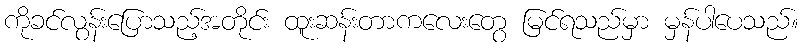
ကိုခင်လွန်းပြောသည့်အတိုင်း ထူးဆန်းတာကလေးတွေ မြင်ရသည်မှာ မှန်ပါပေသည်။